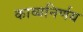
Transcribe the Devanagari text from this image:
काव्यनिर्णय